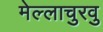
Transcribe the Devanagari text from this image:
मेल्‍लाचुरवु